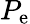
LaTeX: P_{\mathrm{e}}